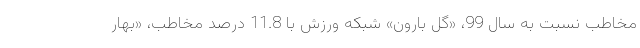
مخاطب نسبت به سال 99، «گل بارون» شبکه ورزش با 11.8 درصد مخاطب، «بهار